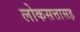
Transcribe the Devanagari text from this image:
लोकसत्तासह